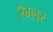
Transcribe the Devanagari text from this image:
रॅग्लर